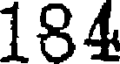
184